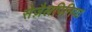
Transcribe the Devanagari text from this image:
सेज़ैलपिनिया